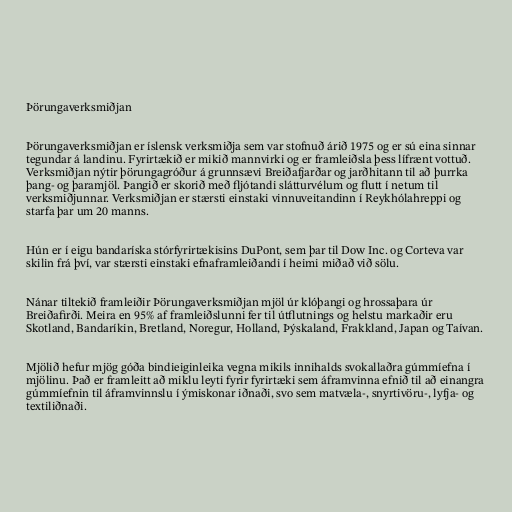
Þörungaverksmiðjan

Þörungaverksmiðjan er íslensk verksmiðja sem var stofnuð árið 1975 og er sú eina sinnar
tegundar á landinu. Fyrirtækið er mikið mannvirki og er framleiðsla þess lífrænt vottuð.
Verksmiðjan nýtir þörungagróður á grunnsævi Breiðafjarðar og jarðhitann til að þurrka
þang- og þaramjöl. Þangið er skorið með fljótandi slátturvélum og flutt í netum til
verksmiðjunnar. Verksmiðjan er stærsti einstaki vinnuveitandinn í Reykhólahreppi og
starfa þar um 20 manns.

Hún er í eigu bandaríska stórfyrirtækisins DuPont, sem þar til Dow Inc. og Corteva var
skilin frá því, var stærsti einstaki efnaframleiðandi í heimi miðað við sölu.

Nánar tiltekið fram­leiðir Þör­unga­verk­smiðjan mjöl úr klóþangi og hrossaþara úr
Breiðafirði. Meira en 95% af fram­leiðslunni fer til út­flutn­ings og helstu markaðir eru
Skot­land, Banda­rík­in, Bret­land, Nor­eg­ur, Hol­land, Þýska­land, Frakk­land, Jap­an og Taív­an.

Mjölið hefur mjög góða bindieig­in­leika vegna mik­ils inni­halds svo­kallaðra gúmmíefna í
mjöl­inu. Það er fram­leitt að miklu leyti fyr­ir fyr­ir­tæki sem áfram­vinna efnið til að ein­angra
gúmmíefn­in til áfram­vinnslu í ým­is­kon­ar iðnaði, svo sem mat­væla-, snyrti­vöru-, lyfja- og
textiliðnaði.